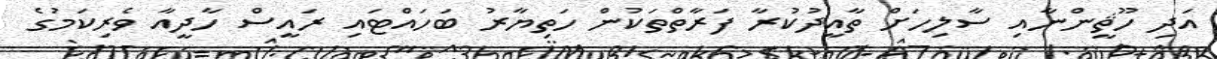
އަދި ހޫޘީންނާއި ސާލިހަށް ތާއީދުކުރާ ފަރާތްތަކުން ހަތިޔާރު ބަހައްޓައި ރައީސް ހާދީއާ ވެރިކަމުގެ